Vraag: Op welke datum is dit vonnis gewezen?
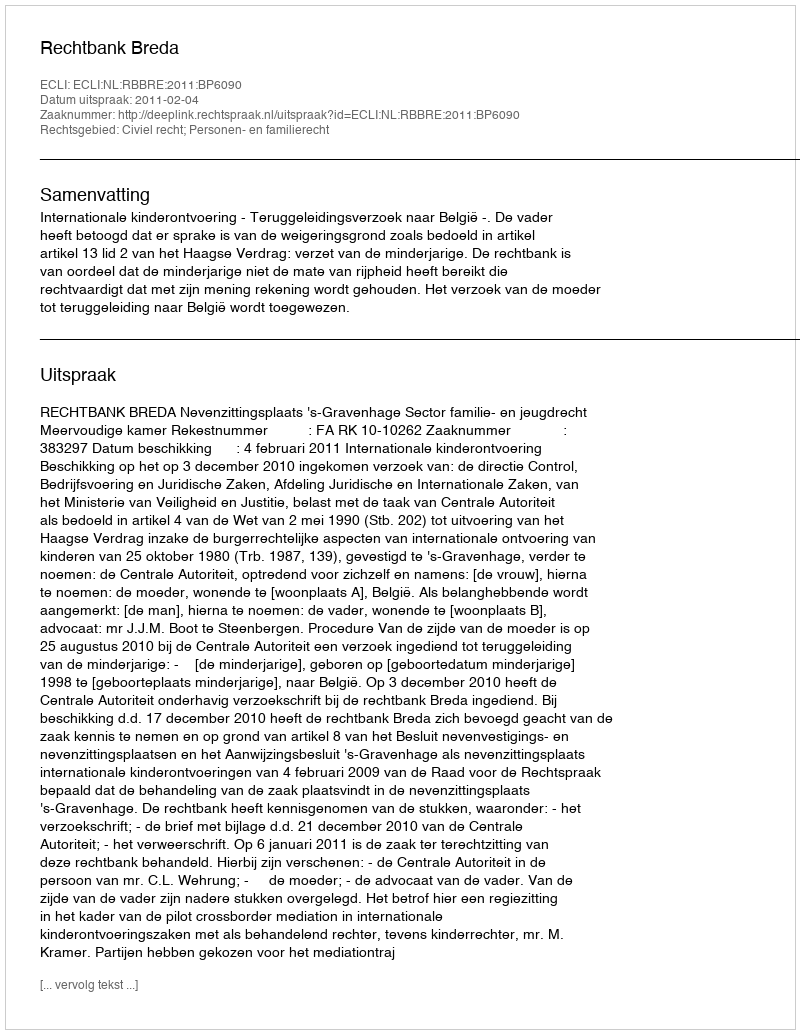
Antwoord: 2011-02-04